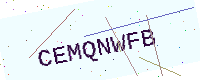
Text: CEMQNWFB